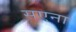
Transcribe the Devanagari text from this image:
सएना